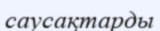
саусақтарды